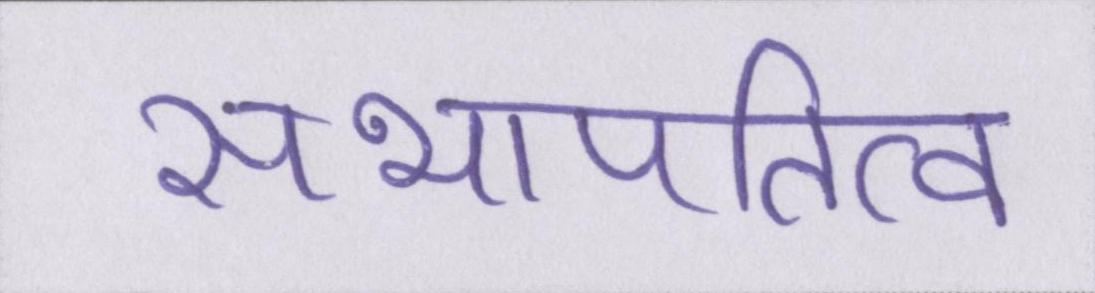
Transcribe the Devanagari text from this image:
सभापतित्व